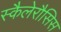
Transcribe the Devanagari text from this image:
स्कैलेरौसिस